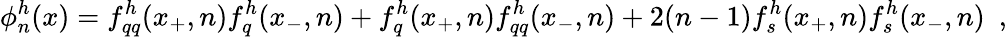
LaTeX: \phi_{n}^{h}(x)=f_{qq}^{h}(x_{+},n)f_{q}^{h}(x_{-},n)+f_{q}^{h}(x_{+},n)f_{qq}^{h}(x_{-},n)+2(n-1)f_{s}^{h}(x_{+},n)f_{s}^{h}(x_{-},n)\ \ ,